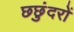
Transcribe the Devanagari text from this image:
छछुंदरों